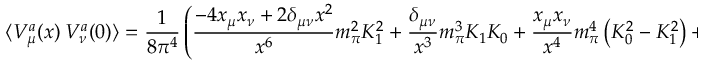
\langle V _ { \mu } ^ { a } ( x ) \ V _ { \nu } ^ { a } ( 0 ) \rangle = { \frac { 1 } { 8 \pi ^ { 4 } } } \left( { \frac { - 4 x _ { \mu } x _ { \nu } + 2 \delta _ { \mu \nu } x ^ { 2 } } { x ^ { 6 } } } m _ { \pi } ^ { 2 } K _ { 1 } ^ { 2 } + { \frac { \delta _ { \mu \nu } } { x ^ { 3 } } } m _ { \pi } ^ { 3 } K _ { 1 } K _ { 0 } + { \frac { x _ { \mu } x _ { \nu } } { x ^ { 4 } } } m _ { \pi } ^ { 4 } \left( K _ { 0 } ^ { 2 } - K _ { 1 } ^ { 2 } \right) + \dots \right)